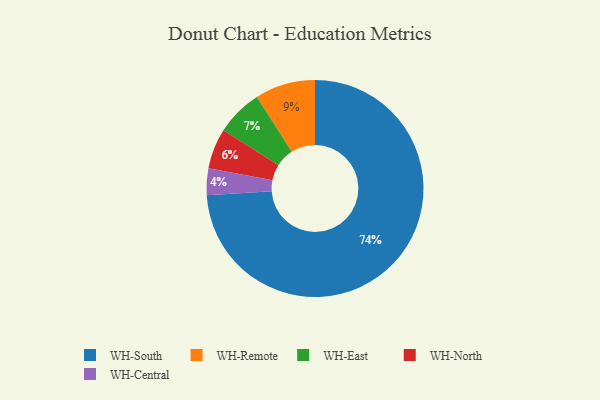
{"axis": {"x": "Category", "y": "Percentage"}, "legend": ["WH-Central", "WH-East", "WH-North", "WH-Remote", "WH-South"], "data": [{"x": "WH-Central", "y": 4, "type": "WH-Central"}, {"x": "WH-North", "y": 6, "type": "WH-North"}, {"x": "WH-Remote", "y": 9, "type": "WH-Remote"}, {"x": "WH-South", "y": 74, "type": "WH-South"}, {"x": "WH-East", "y": 7, "type": "WH-East"}]}